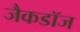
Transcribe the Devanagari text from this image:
जैकडॉज